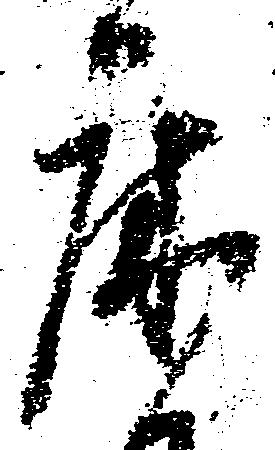
床